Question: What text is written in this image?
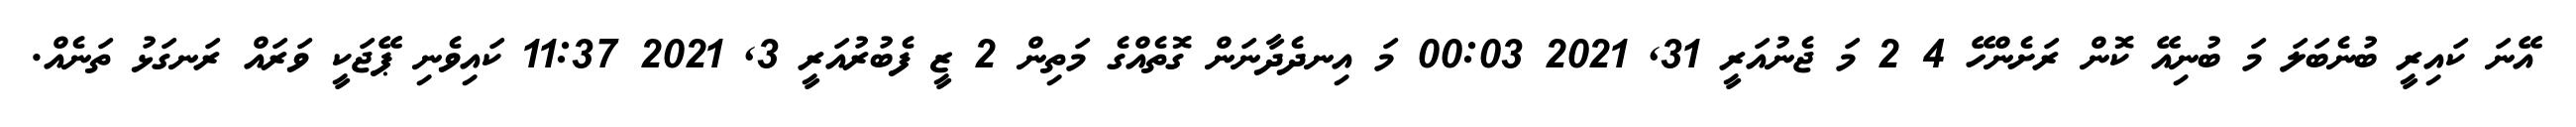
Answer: އޭނަ ކައިރީ ބުނެބަލަ މަ ބުނިއޭ ކޮން ރަށެންހޭ 4 2 މަ ޖެނުއަރީ 31, 2021 00:03 މަ އިނދެދާނަން ގޮތެއްގެ މަތިން 2 ޒީ ފެބުރުއަރީ 3, 2021 11:37 ކައިވެނި ޕޭޖަކީ ވަރައް ރަނގަޅު ތަނެއް.